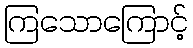
ကြသောကြောင့်